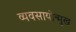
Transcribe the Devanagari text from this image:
व्यवसायोन्मुख